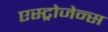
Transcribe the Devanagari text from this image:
एस्ट्रोजेन्स